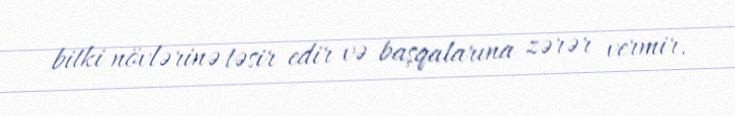
bitki növlərinə təsir edir və başqalarına zərər vermir.